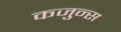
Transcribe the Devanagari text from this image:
कजुन्स